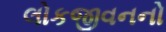
લોકજીવનનો